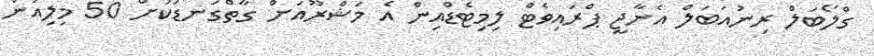
ގްލޯބަލް ރިނުއަބަލް އެނާޖީ ޕްރައިވެޓް ލިމިޓެޑްއިން އެ މަޝްރޫއަށް ގާތްގަނޑަކަށް 50 މިލިއަން